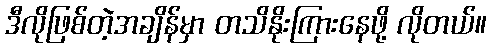
ဒီလိုဖြစ်တဲ့အချိန်မှာ တသိနိုးကြားနေဖို့ လိုတယ်။